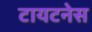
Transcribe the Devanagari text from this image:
टायटनेस